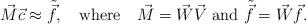
LaTeX: \begin{align*}\vec{M}\vec{c}\approx\tilde{\vec{f}},\quad\mbox{where}\quad\vec{M}=\vec{W}\vec{V}\mbox{ and }\tilde{\vec{f}}=\vec{W}\vec{f}.\end{align*}